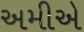
અમીએ